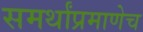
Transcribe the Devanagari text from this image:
समर्थांप्रमाणेच